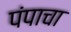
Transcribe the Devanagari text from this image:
पंपाचा